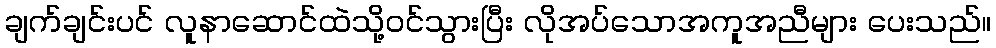
ချက်ချင်းပင် လူနာဆောင်ထဲသို့ဝင်သွားပြီး လိုအပ်သောအကူအညီများ ပေးသည်။